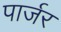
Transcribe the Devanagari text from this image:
पार्जर